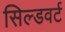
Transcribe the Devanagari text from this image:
सिल्डवर्ट